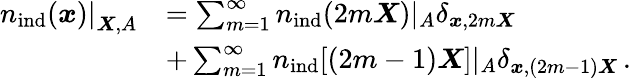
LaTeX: \begin{array}{rl}{\left.{n}_{\mathrm{ind}}(\boldsymbol{x})\right|_{\boldsymbol{X},A}}&{=\sum_{m=1}^{\infty}{n}_{\mathrm{ind}}(2m\boldsymbol{X})|_{A}\delta_{\boldsymbol{x},2m\boldsymbol{X}}}\\ &{+\sum_{m=1}^{\infty}{n}_{\mathrm{ind}}[(2m-1)\boldsymbol{X}]|_{A}\delta_{\boldsymbol{x},(2m-1)\boldsymbol{X}}\, .}\end{array}